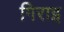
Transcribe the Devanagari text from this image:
गिराइ